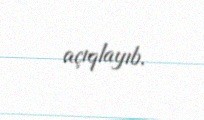
açıqlayıb.